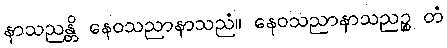
နာသညန္တိ နေဝသညာနာသညံ။ နေဝသညာနာသညဉ္စ တံ